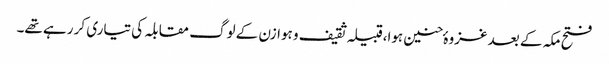
فتح مکہ کے بعد غزوہٴ حنین ہوا،قبیلہ ثقیف و ہوازن کے لوگ مقابلہ کی تیاری کر رہے تھے۔